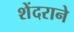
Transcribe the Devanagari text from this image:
शेंदराने